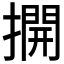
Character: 𢵱